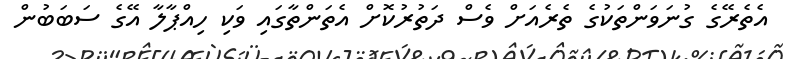
އެތެރޭގެ ގުނަވަންތަކުގެ ތެރެއަށް ވެސް ދަތުރުކޮށް އެތަންތާގައި ވަކި ހިއްޕާލާ އޭގެ ސަބަބުން